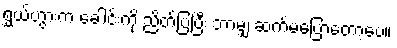
ရွှယ်ဟွားက ခေါင်းကို ညိတ်ပြပြီး ဘာမျှ ဆက်မပြောတော့ပေ။